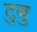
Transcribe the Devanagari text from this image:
टुबु